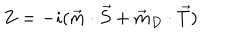
LaTeX: Z = - i ( \vec { m } \cdot \vec { S } + \vec { m } _ { D } \cdot \vec { T } )